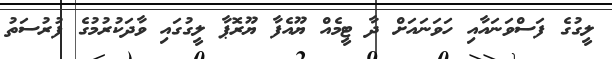
ލީގުގެ ފަސްވަނައާއި ހަވަނައަށް ދާ ޓީމެއް ޔޫއެފާ ޔޫރޮޕާ ލީގުގައި ވާދަކުރުމުގެ ފުރުސަތު